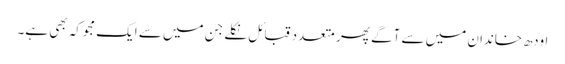
اودھ خاندان میں سے آگے پھر متعدد قبائل نکلے جن میں سے ایک مجوکہ بھی ہے۔